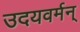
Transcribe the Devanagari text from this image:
उदयवर्मन्